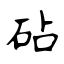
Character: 砧